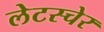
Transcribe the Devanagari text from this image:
लेटस्चेर